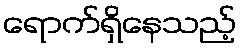
ရောက်ရှိနေသည့်